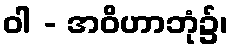
ဝါ - အဝိဟာဘုံ၌၊